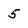
Character: 5